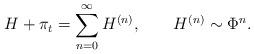
LaTeX: \begin{align*}H + \pi_t=\sum_{n=0}^{\infty}H^{(n)}, \qquad H^{(n)}\sim \Phi^n.\end{align*}